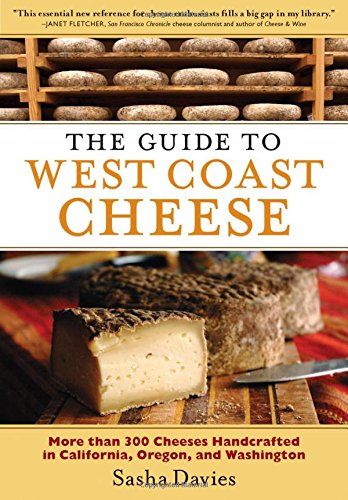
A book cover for The Guide to West Coast Cheese: More than 300 Cheeses Handcrafted in California, Oregon, and Washington; Sasha Davies; Cookbooks, Food & Wine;